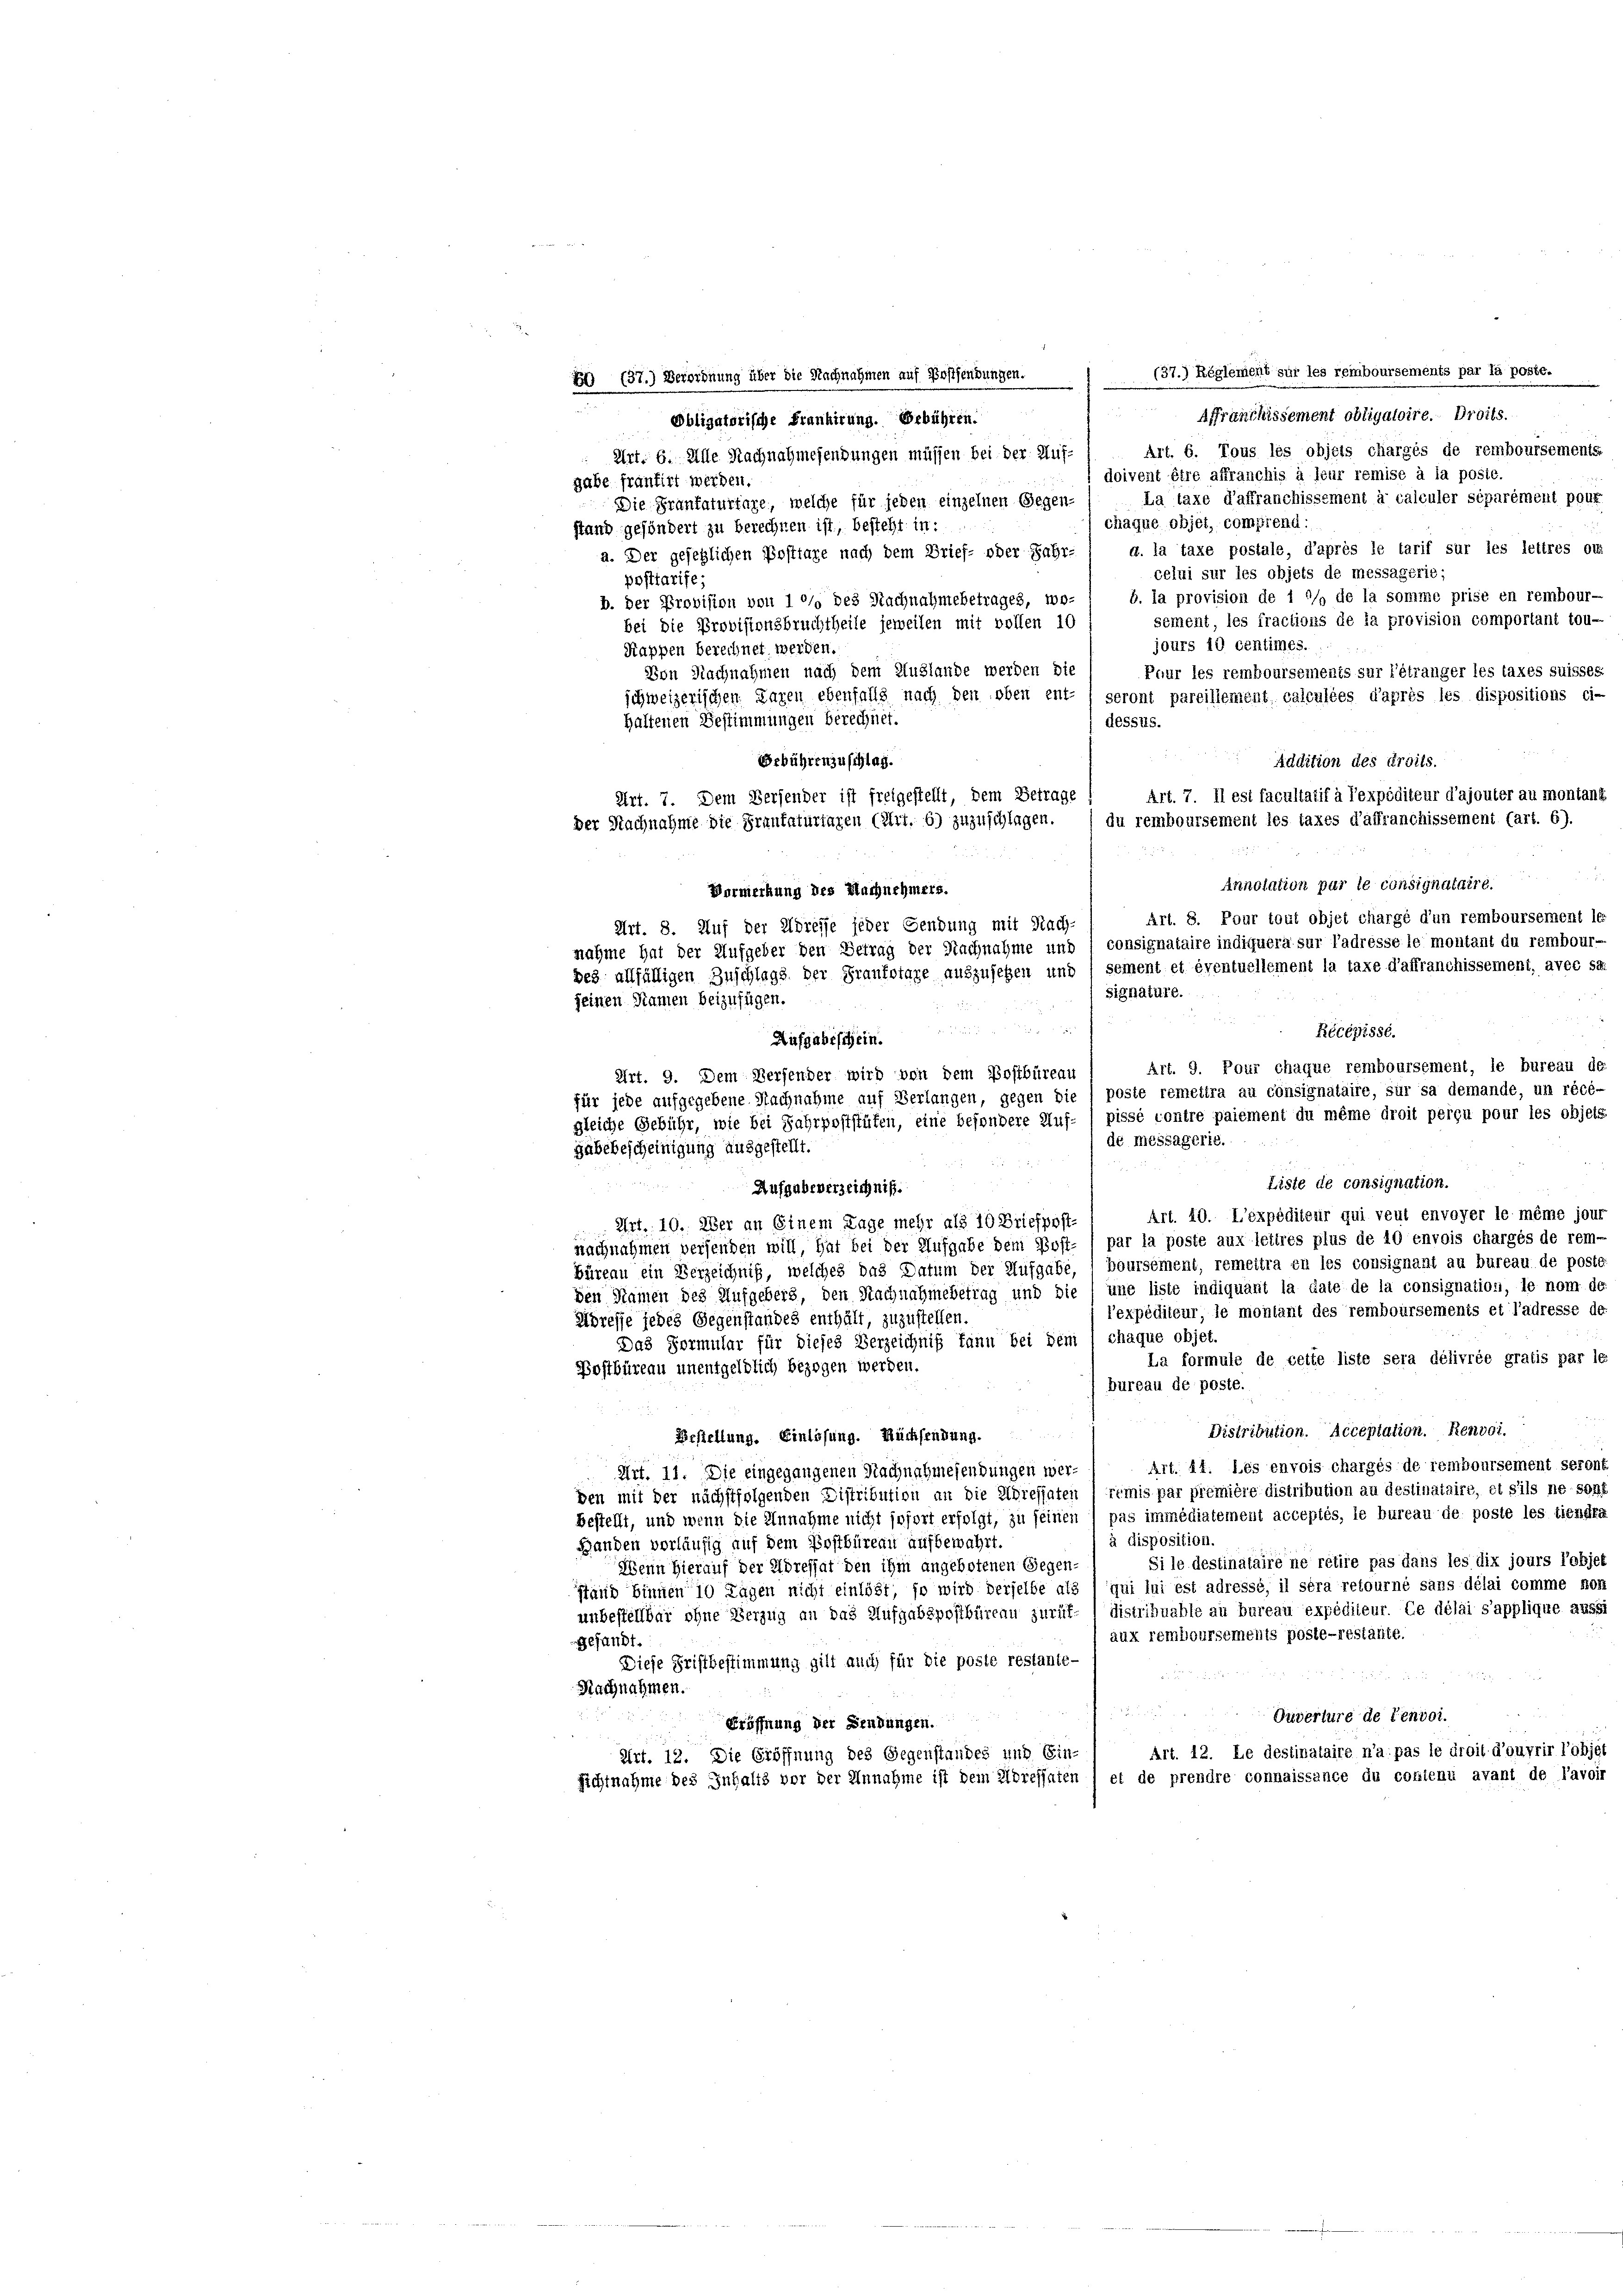
Bebührenzuschlag.
der Nachnahme die Frantaturtagen (Art. 6) zuzuschlagen.

Vormerkung des Nachnehmers.
Art. 8. Auf der Adresse jeder Sendung mit Nach-
nahme hat der Aufgeber den Betrag der Nachnahme und
seinen Namen beizufügen.
Aufgabeschein.
Art. 9. Dem Versender wird von dem Postbüreau
für jede aufgegebene Nachnahme auf Verlangen, gegen die
gäbebescheinigung ausgestellt.

EG (37.) Verordnung über die Nachnahmen auf Kostenbungen.
Affranchissement obligatoire. Droits.
Obligatorische Frankirung. Gebühren.
Art. 6. Tous les objets charges de remboursements-
 Art. 6. Alle Nachnahmesendungen müssen bei der Auf-
doivent être affranchis à leur remise à la posié.
gabe frantirt werden.
La taxe d’affranchissement à calculer séparément pour
Die Frantaturtage, welche für jeden einzelnen Gegen-
chäque objet, comprend:
stand gesöndert zu berechnen ist, besteht in:
g. la taxe postale, d’après le tarif sur les lettres ou
a. Der gesetzlichen Posttage nach dem Brief- oder Jahr-
celui sur les objets de messagerie;
posttarife;
b. la provision de 1 */» de la somme prise en rembour-
b. Der Provision von 1010 des Nachnahmebetrages, wo-
sement, les fractions de la provision comportant tou-
bei die Provisionsbruchtheile jeweilen mit vollen 10
jours 10 centimes.
Kappen berechnet werden.
Von Nachnahmen nach dem Auslande werden die
Paur les remboursements sur l’étranger les taxes suisses.
schweizerischen Tagen ebenfalls nach den oben ent-) seront pareillement calculées d’après les dispositions ci-
haltenen Bestimmungen berechnet.
dessus.
Art. 7. Il est facultatif à l’expéditeur d’ajouter au montant
Art. 7. Dem Versender ist freigestellt, dem Betrage
3
Liste de consignation.
 d. d.
Aufgabeverzeichniß.
Art. 10. L’expéditeur qui veut envoyer le même jour
Art. 10. Aber an Einem Lage mehr als 10 Briefpost-
nachnahmen versenden will, hat bei der Aufgabe dem Post- / par la poste aux lettres plus de 10 envois chargés de rem-
büreau ein Verzeichniß, welches das Datum der Aufgabe, 1 boursement, remeitra en les consignant au bureau de poste
den Namen des Aufgebers, den Nachnahmebetrag und die une liste indiquant la date de la consignation, le nom de
l’expéditeur, le montant des remboursements et l’adresse de
Adresse jedes Gegenstandes enthält, zuzustellen.
Das Formular für dieses Verzeichniß kann bei dem 1 chaque objet.
La formule de cette liste sera délivrée gratis par le
Bostbüreau unentgeldlich bezogen werden.
bureau de poste.

Distribution. Acceptation. Renvoi.
Erstellung. Einlösung. Rücksendung.
Art. 14. Les envois chargés de remboursement seront
Art. 11. Die eingegangenen Nachnahmesendungen werremis par première distribution au destinataire, et s’ils ne sont
den mit der nächstfolgenden Distribution an die Adressaten
bestellt, und wenn die Annahme nicht sofort erfolgt, zu seinen ) pas immédiatement acceptés, le bureau de poste les tiendra
à disposition.
Handen vorläufig auf dem Postbüreau aufbewahrt.
Si le destinataire ne retire pas dans les dix jours l’objet
Wenn hierauf der Adressat den ihm angebotenen Gegen-
Stand binnen 10 Tagen nicht einlöst, so wird derselbe als l qui lui est adressé, il sera retourné sans délai comme non
unbestellbar ohne Verzug an das Aufgabepostbüreau zurük-) distribuahle au bureau expédileur. Ce délai s’applique aussi
aux remboursements poste-restatte.
Gesandt.
Diese Fristbestimmung gilt auch für die posté restante-
Nachnahmen.
.
Ouverture de renvoi.
Eröffnung der Bendungen.
Art. 12. Le destinataire n’a pas le droit d’ouvrir l’objet
Art. 12. Die Eröffnung des Gegenstandes nit Ein-
sichtnahme des Inhalts vor der Annahme ist dem Adressaten 1 et de prendre connaissance du codienu avant de l’avoir

bes allfälligen Zuschlags der Frankotare auszusehen und / sement et éventuellement la taxe d’affranchissement, avec sa
signature.
u
8

du remboursement les taxes d’affranchissement (art. 6).

Annolation par le consignataire.
Art. 8. Pour tout objet chargé d’un remboursement le
consignataire indiquera sur l’adresse le montant du rembour-
Récépisse.
Art. 9. Pour chaque remboursement, le bureau de
poste remettra au consignataire, sur sa demande, un récé-
gleiche Gebühr, wie bei Jahrpoststüfen, eine besondere Auf- ) pissé contre paiement du même droit perçu pour les objets
de messagerie.

(37.) Réglement sur les remboursements par la poste.

Addition des droits.